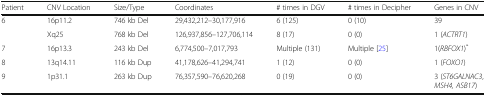
| Patient | CNV Location | Size/Type | Coordinates | # times in DGV | # times in Decipher | Genes in CNV |
 | --- | --- | --- | --- | --- | --- | --- |
 | <ROWSPAN=2> 6 | 16p11.2 | 746 kb Del | 29,432,212–30,177,916 | 6 (125) | 0 (10) | 39 |
 | Xq25 | 768 kb Del | 126,937,856–127,706,114 | 8 (17) | 0 (0) | 1 (ACTRT1) |
 | 7 | 16p13.3 | 243 kb Del | 6,774,500–7,017,793 | Multiple (131) | Multiple [25] | 1(RBFOX1)* |
 | 8 | 13q14.11 | 116 kb Dup | 41,178,626–41,294,741 | 1 (12) | 0 (0) | 1 (FOXO1) |
 | 9 | 1p31.1 | 263 kb Dup | 76,357,590–76,620,268 | 0 (19) | 0 (0) | 3 (ST6GALNAC3, MSH4, ASB17) |